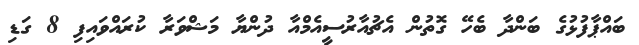
ބައްޕާފުޅުގެ ބަންދާ ބެހޭ ގޮތުން އެޗުއާރުސީއެމްއާ ދުންޔާ މަޝްވަރާ ކުރައްވައިފި 8 ގަޑި